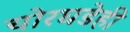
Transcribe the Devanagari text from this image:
चोरघडेही